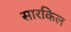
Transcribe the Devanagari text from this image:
सारकिल